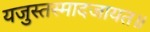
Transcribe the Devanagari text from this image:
यजुस्तस्मादजायत॥